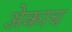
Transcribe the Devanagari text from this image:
अेकाच